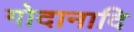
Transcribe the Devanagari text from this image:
गोदानादि